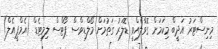
މިނިސްޓަރު އަދީބް މިކަމަށް ގޮވާލެއްވީ ޑޮލަރު ގަތުމަށް މޯލްޑިވްސް ޕޯޓްސް ލިމިޓެޑް (އެމްޕީއެލް)